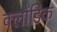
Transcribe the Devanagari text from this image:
क्लोंडिक